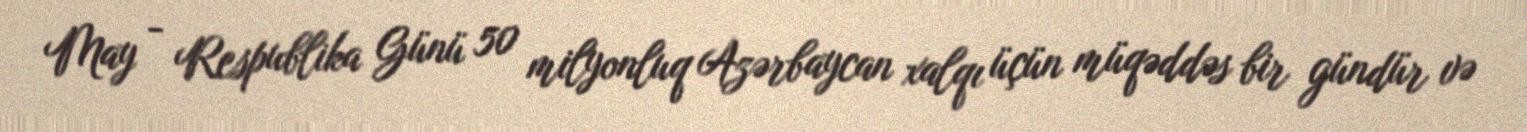
May - Respublika Günü 50 milyonluq Azərbaycan xalqı üçün müqəddəs bir gündür və